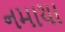
નમાયા